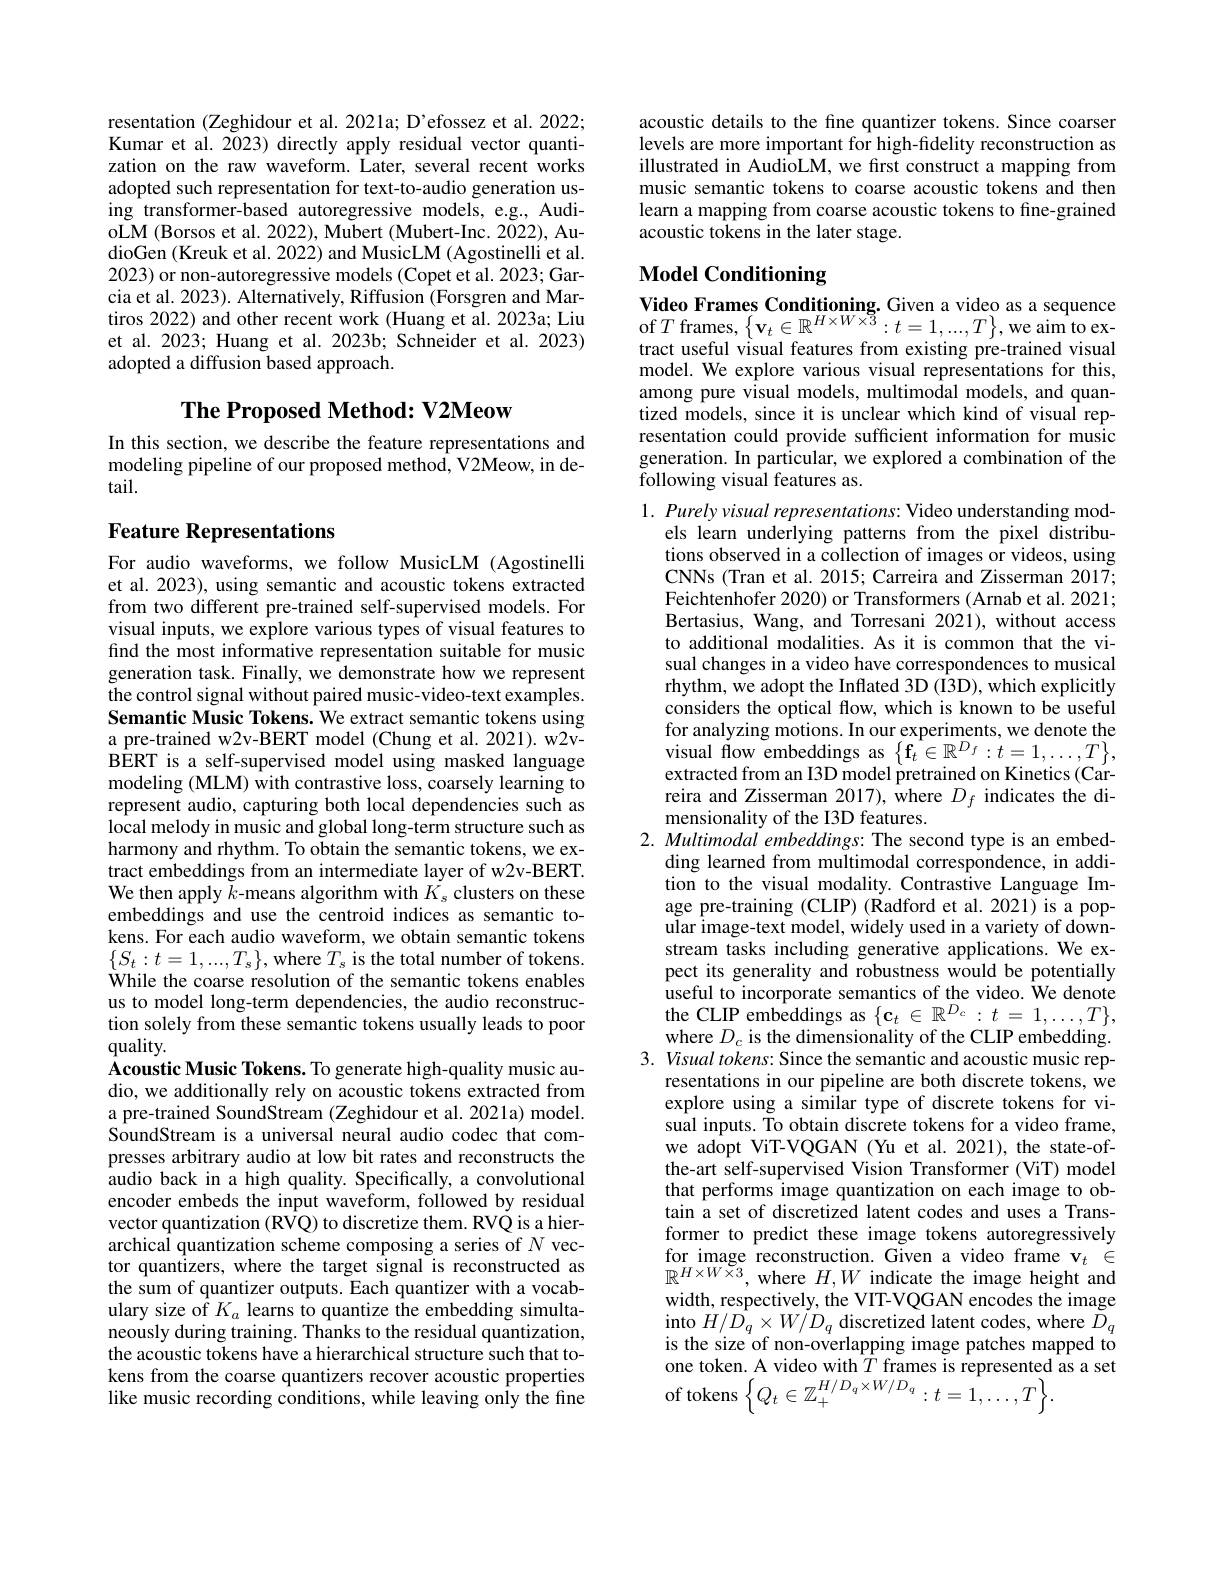
resentation (Zeghidour et al. 2021a; D'efossez et al. 2022; Kumar et al. 2023) directly apply residual vector quantization on the raw waveform. Later, several recent works adopted such representation for text-to-audio generation using transformer-based autoregressive models, e.g., AudioLM (Borsos et al. 2022), Mubert (Mubert-Inc. 2022), AudioGen (Kreuk et al. 2022) and MusicLM (Agostinelli et al. 2023) or non-autoregressive models (Copet et al. 2023; Garcia et al. 2023). Alternatively, Riffusion (Forsgren and Martiros 2022) and other recent work (Huang et al. 2023a; Liu et al. 2023; Huang et al. 2023b; Schneider et al. 2023) adopted a diffusion based approach.

## The Proposed Method: V2Meow

In this section, we describe the feature representations and modeling pipeline of our proposed method, V2Meow, in detail.

## Feature Representations

For audio waveforms, we follow MusicLM (Agostinelli et al. 2023), using semantic and acoustic tokens extracted from two different pre-trained self-supervised models. For visual inputs, we explore various types of visual features to find the most informative representation suitable for music generation task. Finally, we demonstrate how we represent the control signal without paired music-video-text examples. Semantic Music Tokens. We extract semantic tokens using a pre-trained w2v-BERT model (Chung et al. 2021). w2vBERT is a self-supervised model using masked language modeling (MLM) with contrastive loss, coarsely learning to represent audio, capturing both local dependencies such as local melody in music and global long-term structure such as harmony and rhythm. To obtain the semantic tokens, we extract embeddings from an intermediate layer of w2v-BERT. We then apply $k$-means algorithm with $K_s$ clusters on these embeddings and use the centroid indices as semantic tokens. For each audio waveform, we obtain semantic tokens $\{S_{t}:t=1,...,T_{\mathrm{s}}\}$,where $T_\mathrm{s}$ is the total number of tokens. While the coarse resolution of the semantic tokens enables us to model long-term dependencies, the audio reconstruction solely from these semantic tokens usually leads to poor $quality.$
Acoustic Music Tokens. To generate high-quality music audio, we additionally rely on acoustic tokens extracted from a pre-trained SoundStream (Zeghidour et al. 2021a) model. SoundStream is a universal neural audio codec that compresses arbitrary audio at low bit rates and reconstructs the audio back in a high quality. Specifically, a convolutional encoder embeds the input waveform, followed by residual vector quantization (R$\hat{\mathrm{VQ}})$ to discretize them. RVQ is a hierarchical quantization scheme composing a series of $N$ vector quantizers, where the target signal is reconstructed as the sum of quantizer outputs. Each quantizer with a vocabulary size of $K_a$ learns to quantize the embedding simultaneously during training. Thanks to the residual quantization, the acoustic tokens have a hierarchical structure such that tokens from the coarse quantizers recover acoustic properties like music recording conditions, while leaving only the fine

acoustic details to the fine quantizer tokens. Since coarser levels are more important for high-fidelity reconstruction as illustrated in AudioLM, we first construct a mapping from music semantic tokens to coarse acoustic tokens and then learn a mapping from coarse acoustic tokens to fine-grained acoustic tokens in the later stage.

# Model Conditioning

$\textbf{Video Frames Conditioning. Given a video as a sequence}$ of $T$ frames, $\left \{ \mathbf{v} _{t}\in \mathbb{R} ^{H\times W\times 3}: t= 1, \ldots , T\right \} $,we aim to ex- tract useful visual features from existing pre- trained visual model. We explore various visual representations for this, among pure visual models, multimodal models, and quantized models, since it is unclear which kind of visual representation could provide sufficient information for music generation. In particular, we explored a combination of the following visual features as.

1. Purely visual representations: Video understanding mod-
els learn underlying patterns from the pixel distributions observed in a collection of images or videos, using CNNs (Tran et al. 2015; Carreira and Zisserman 2017; Feichtenhofer 2020) or Transformers (Arnab et al. 2021; Bertasius, Wang, and Torresani 2021), without access to additional modalities. As it is common that the visual changes in a video have correspondences to musical rhythm, we adopt the Inflated 3D (I3D), which explicitly considers the optical flow, which is known to be useful for analyzing motions. In our experiments, we denote the visual flow embeddings as $\{\mathbf{f}_{t}\in\mathbb{R}^{D_{f}}:t=1,\ldots,T\}$, extracted from an I3D model pretrained on Kinetics (Car- $\begin{array}{l}{\text{reira and Zisserman 2017), where }D_{f}}\\{\text{mensionality of the I3D features.}}\end{array}$
2. Multimodal embeddings: The second type is an embed-
ding learned from multimodal correspondence, in addition to the visual modality. Contrastive Language Image pre-training (CLIP) (Radford et al.2021) is a popular image-text model, widely used in a variety of downstream tasks including generative applications. We expect its generality and robustness would be potentially useful to incorporate semantics of the video. We denote the CLIP embeddings as $\{\mathbf{c}_t\in\mathbb{R}^{D_c}:t=1,\ldots,T\}$, where $D_c$ is the dimensionality of the CLIP embedding
3. Visual tokens: Since the semantic and acoustic music rep-
resentations in our pipeline are both discrete tokens, we explore using a similar type of discrete tokens for visual inputs. To obtain discrete tokens for a video frame we adopt ViT-VQGAN (Yu et al. 2021), the state-ofthe-art self-supervised Vision Transformer (ViT) model that performs image quantization on each image to obtain a set of discretized latent codes and uses a Transformer to predict these image tokens autoregressively $\begin{array}{l}{\mathrm{for~image~reconstruction.~Given~a~video~frame~v}_{t}~\in}\\{\mathbb{R}^{H\times W\times3},~\mathrm{where~}H,W~\mathrm{indicate~the~image~height~and}}\end{array}$ width, respectively, the VIT-VQGAN encodes the image into $H/D_{q}\times W/D_{q}$ discretized latent codes, where $\tilde{D}_{q}$ is the size of non-overlapping image patches mapped to one token. A video with $T$ frames is represented as a set of tokens$\left\{Q_{t}\in\mathbb{Z}_{+}^{H/D_{q}\times W/D_{q}}:t=1,\ldots,T\right\}.$